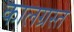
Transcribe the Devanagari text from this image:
कालग्रस्त